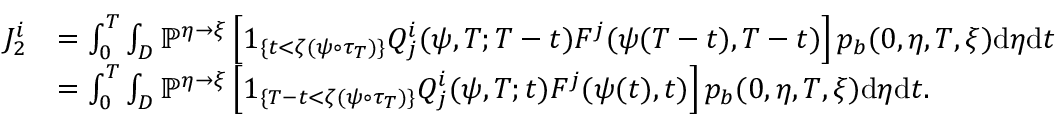
\begin{array} { r l } { J _ { 2 } ^ { i } } & { = \int _ { 0 } ^ { T } \int _ { D } \mathbb { P } ^ { \eta \rightarrow \xi } \left[ 1 _ { \{ t < \zeta ( \psi \circ \tau _ { T } ) \} } Q _ { j } ^ { i } ( \psi , T ; T - t ) F ^ { j } ( \psi ( T - t ) , T - t ) \right] p _ { b } ( 0 , \eta , T , \xi ) \mathrm { d } \eta \mathrm { d } t } \\ & { = \int _ { 0 } ^ { T } \int _ { D } \mathbb { P } ^ { \eta \rightarrow \xi } \left[ 1 _ { \{ T - t < \zeta ( \psi \circ \tau _ { T } ) \} } Q _ { j } ^ { i } ( \psi , T ; t ) F ^ { j } ( \psi ( t ) , t ) \right] p _ { b } ( 0 , \eta , T , \xi ) \mathrm { d } \eta \mathrm { d } t . } \end{array}